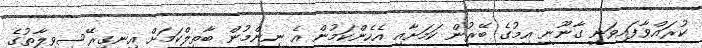
ކުރައްވާފައިވަނީ ގާނޫނީ އިމުގެ ބޭރުން ކަމަށާއި އެހެންކަމުން އެ ނިންމުން ބާތިލްކަމަށް އިނގިރޭސިވިލާތުގެ